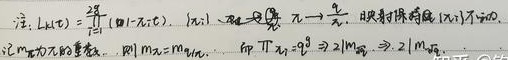
注：\(L(x)=\frac{2\beta}{x}(1 - \cos x)\)，\(\{x_{k}\}\) 为正根，\(x_{k}\to\frac{\pi}{2}\)，映射对偶数 \(\{x_{k}\}\) 不动。记 \(m\) 为 \(x_{k}\) 的重数，\(\Pi|x_{k}| = 9\Rightarrow2|x_{偶}|\Rightarrow2|m_{偶}|\)。